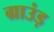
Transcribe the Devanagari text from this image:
ग्राउंड़